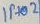
Text: IP+02